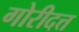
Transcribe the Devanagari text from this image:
गोरीदत्त